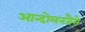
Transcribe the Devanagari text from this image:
आन्दोलनजैसे